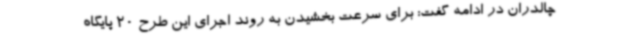
چالدران در ادامه گفت: برای سرعت بخشیدن به روند اجرای این طرح 20 پایگاه